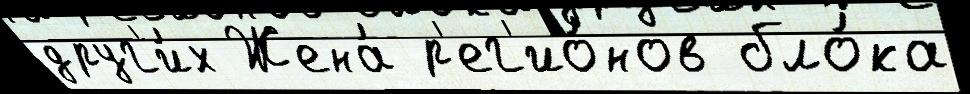
друг'и́х Жена́ р'ег'ио́нов бло́ка